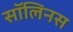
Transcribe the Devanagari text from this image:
सॉलिनस